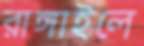
রাঙ্গাইলে